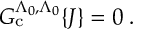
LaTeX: { \cal { G } } _ { \mathrm { c } } ^ { \Lambda _ { 0 } , \Lambda _ { 0 } } \{ J \} = 0 \; .